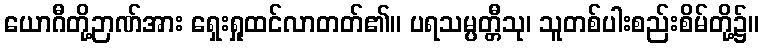
ယောဂီတို့ဉာဏ်အား ရှေးရှုထင်လာတတ်၏။ ပရသမ္ပတ္တီသု၊ သူတစ်ပါးစည်းစိမ်တို့၌။